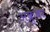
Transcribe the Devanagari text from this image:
अक्रुबर